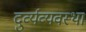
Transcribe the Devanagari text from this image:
दुर्व्यव्यवस्था